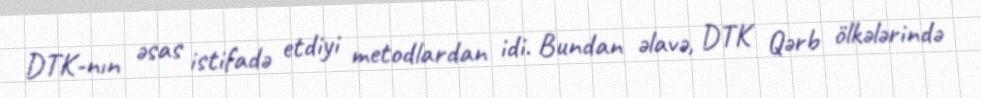
DTK-nın əsas istifadə etdiyi metodlardan idi. Bundan əlavə, DTK Qərb ölkələrində